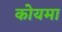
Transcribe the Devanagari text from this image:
कोयमा